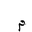
Letter: _mim